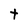
Character: t